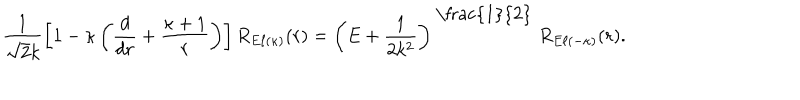
LaTeX: \frac { 1 } { \sqrt { 2 } k } \left[ 1 - \kappa \left( \frac { d } { d r } + \frac { \kappa + 1 } { r } \right) \right] R _ { E \ell ( \kappa ) } ( r ) = \left( E + \frac { 1 } { 2 k ^ { 2 } } \right) ^ { \mathrm { ~ \frac { 1 } { 2 } ~ } } R _ { E \ell ( - \kappa ) } ( r ) .